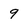
Character: 9